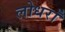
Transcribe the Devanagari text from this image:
लोधराँ